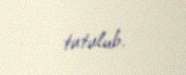
tutulub.